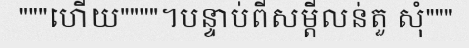
"""ហើយ""""។បន្ទាប់ពីសម្តីលន់តួ សុំ"""